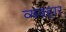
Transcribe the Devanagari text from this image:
व्यवहार